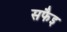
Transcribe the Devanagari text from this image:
सफैइ